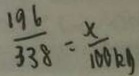
\frac { 1 9 6 } { 3 3 8 } = \frac { x } { 1 0 0 k g }